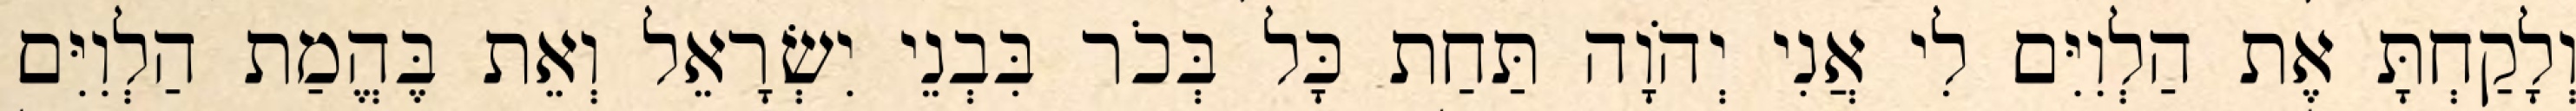
וְלָקַחְתָּ אֶת הַלְוִיִּם לִי אֲנִי יְהֹוָה תַּחַת כָּל בְּכֹר בִּבְנֵי יִשְׂרָאֵל וְאֵת בֶּהֱמַת הַלְוִיִּם